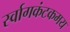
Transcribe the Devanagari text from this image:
र्स्वागकंटकमय